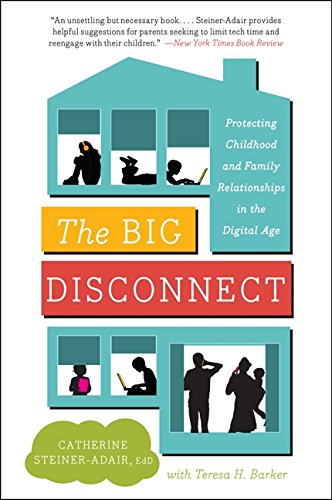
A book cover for The Big Disconnect: Protecting Childhood and Family Relationships in the Digital Age; Catherine, EdD. Steiner-Adair; Medical Books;